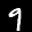
Label: 9